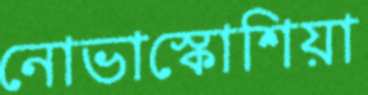
নোভাস্কোশিয়া